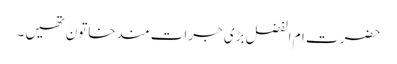
حضرت ام الفضل بڑی جرات مندخاتون تھیں ۔